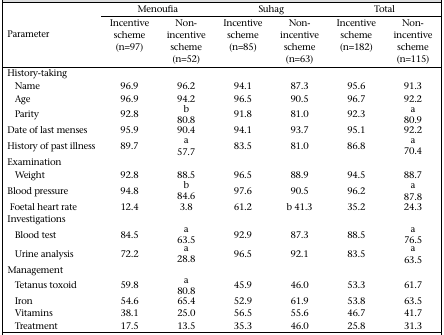
<table><thead><tr><td rowspan="2"><b>Parameter</b></td><td colspan="2"><b>Menoufia</b></td><td colspan="2"><b>Suhag</b></td><td colspan="2"><b>Total</b></td></tr><tr><td><b>Incentive scheme (n=97)</b></td><td><b>Non-incentive scheme (n=52)</b></td><td><b>Incentive scheme (n=85)</b></td><td><b>Non-incentive scheme (n=63)</b></td><td><b>Incentive scheme (n=182)</b></td><td><b>Non-incentive scheme (n=115)</b></td></tr></thead><tbody><tr><td>History-taking</td><td></td><td></td><td></td><td></td><td></td><td></td></tr><tr><td>Name</td><td>96.9</td><td>96.2</td><td>94.1</td><td>87.3</td><td>95.6</td><td>91.3</td></tr><tr><td>Age</td><td>96.9</td><td>94.2</td><td>96.5</td><td>90.5</td><td>96.7</td><td>92.2</td></tr><tr><td>Parity</td><td>92.8</td><td>b 80.8</td><td>91.8</td><td>81.0</td><td>92.3</td><td>a 80.9</td></tr><tr><td>Date of last menses</td><td>95.9</td><td>90.4</td><td>94.1</td><td>93.7</td><td>95.1</td><td>92.2</td></tr><tr><td>History of past illness</td><td>89.7</td><td>a 57.7</td><td>83.5</td><td>81.0</td><td>86.8</td><td>a 70.4</td></tr><tr><td>Examination</td><td></td><td></td><td></td><td></td><td></td><td></td></tr><tr><td>Weight</td><td>92.8</td><td>88.5</td><td>96.5</td><td>88.9</td><td>94.5</td><td>88.7</td></tr><tr><td>Blood pressure</td><td>94.8</td><td>b 84.6</td><td>97.6</td><td>90.5</td><td>96.2</td><td>a 87.8</td></tr><tr><td>Foetal heart rate</td><td>12.4</td><td>3.8</td><td>61.2</td><td>b 41.3</td><td>35.2</td><td>24.3</td></tr><tr><td>Investigations</td><td></td><td></td><td></td><td></td><td></td><td></td></tr><tr><td>Blood test</td><td>84.5</td><td>a 63.5</td><td>92.9</td><td>87.3</td><td>88.5</td><td>a 76.5</td></tr><tr><td>Urine analysis</td><td>72.2</td><td>a 28.8</td><td>96.5</td><td>92.1</td><td>83.5</td><td>a 63.5</td></tr><tr><td>Management</td><td></td><td></td><td></td><td></td><td></td><td></td></tr><tr><td>Tetanus toxoid</td><td>59.8</td><td>a 80.8</td><td>45.9</td><td>46.0</td><td>53.3</td><td>61.7</td></tr><tr><td>Iron</td><td>54.6</td><td>65.4</td><td>52.9</td><td>61.9</td><td>53.8</td><td>63.5</td></tr><tr><td>Vitamins</td><td>38.1</td><td>25.0</td><td>56.5</td><td>55.6</td><td>46.7</td><td>41.7</td></tr><tr><td>Treatment</td><td>17.5</td><td>13.5</td><td>35.3</td><td>46.0</td><td>25.8</td><td>31.3</td></tr></tbody></table>